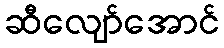
ဆီလျော်အောင်